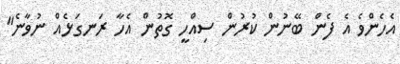
އެހެންވެ އެ ފެން ބޭނުން ކުރުން ސިއްހީ ގޮތުން އެހާ ރަނގަޅެއް ނުވާނެ"